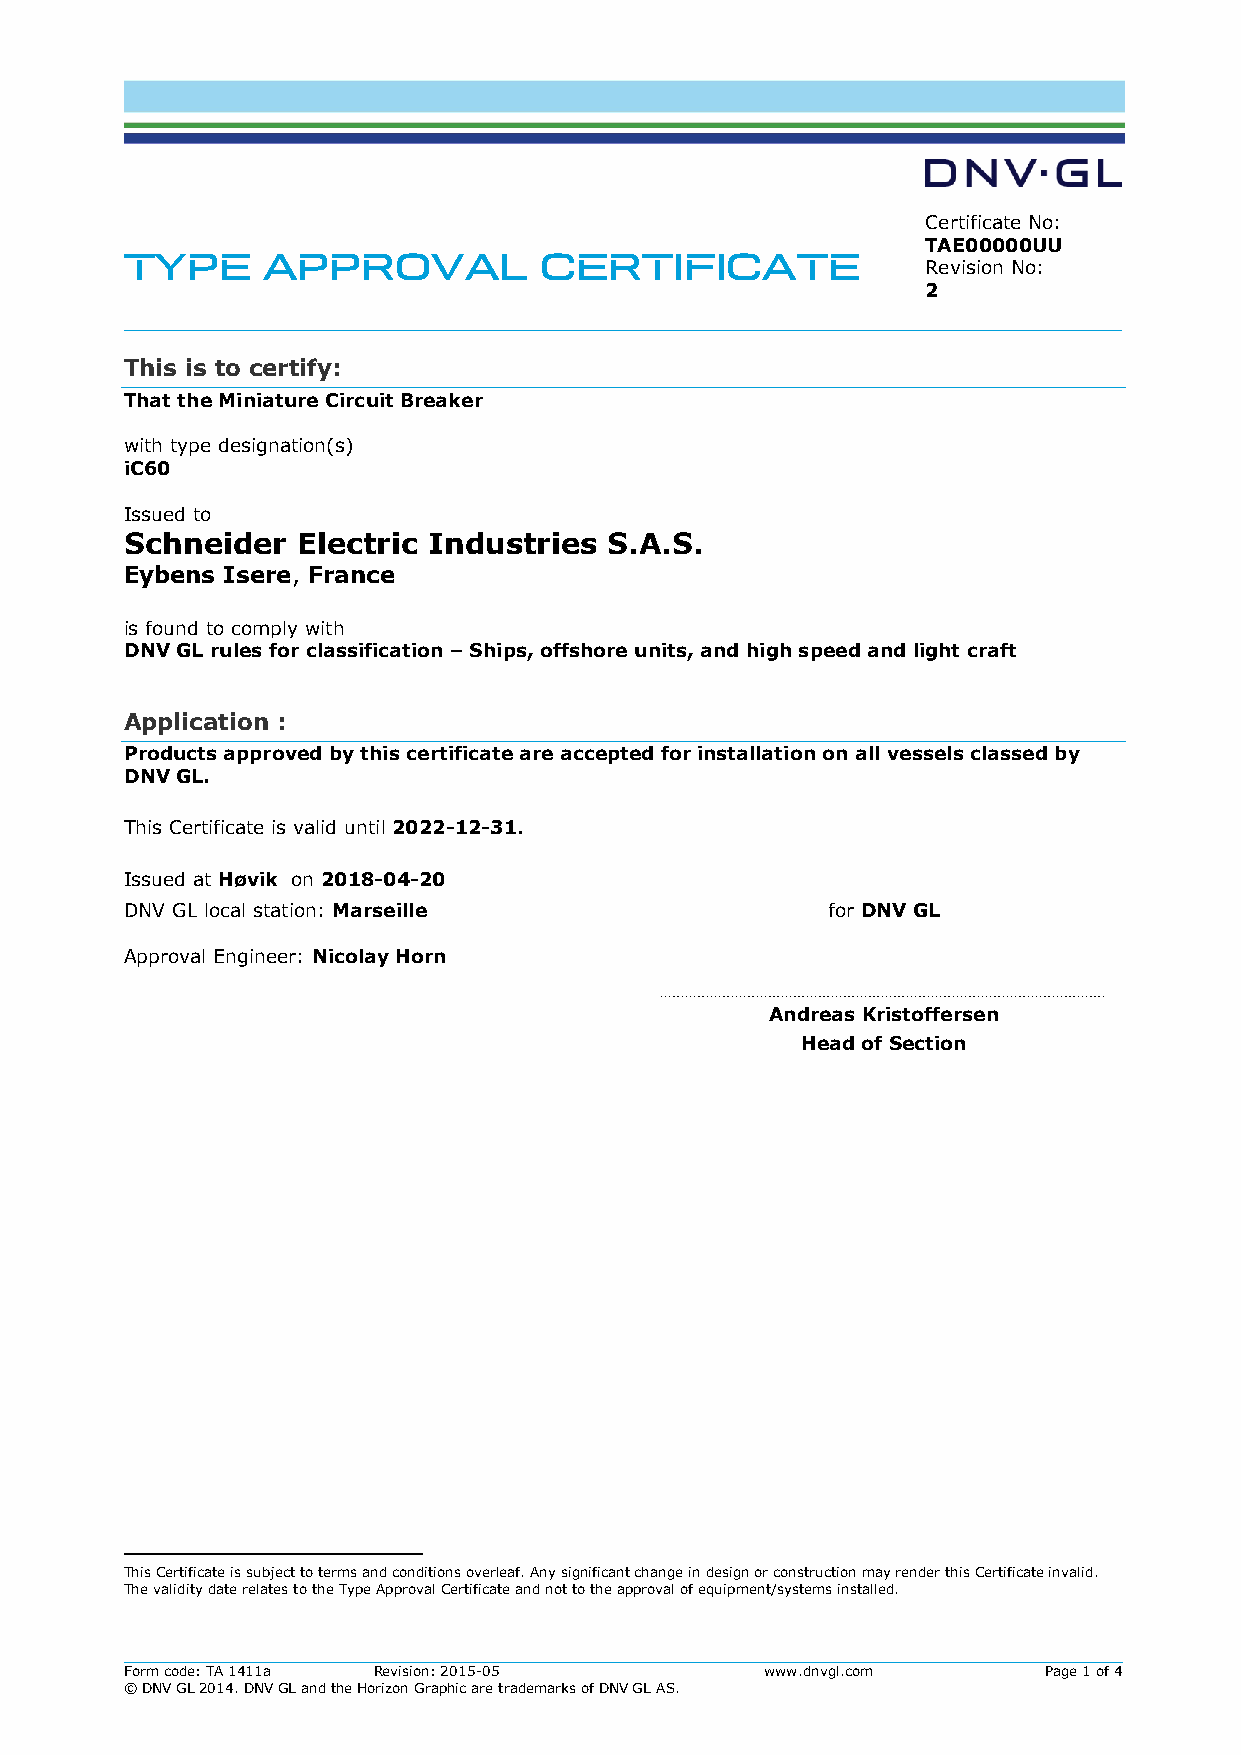
Certificate No:
 TAE00000UU
 TYPE     APPROVAL           CERTIFICATE
 Revision No:
 2
 This is to certify:
 That the Miniature Circuit Breaker
 with type designation(s)
 iC60
 Issued to
 Schneider   Electric Industries S.A.S.
 Eybens Isere, France
 is found to comply with
 DNV GL rules for classification – Ships, offshore units, and high speed and light craft
 Application :
 Products approved by this certificate are accepted for installation on all vessels classed by
 DNV GL.
 This Certificate is valid until 2022-12-31.
 Issued at Høvik on 2018-04-20
 DNV GL local station: Marseille                for DNV GL
 Approval Engineer: Nicolay Horn
 Andreas Kristoffersen
 Head of Section
 This Certificate is subject to terms and conditions overleaf. Any significant change in design or construction may render this Certificate invalid.
 The validity date relates to the Type Approval Certificate and not to the approval of equipment/systems installed.
 Form code: TA 1411a Revision: 2015-05      www.dnvgl.com     Page 1 of 4
 © DNV GL 2014. DNV GL and the Horizon Graphic are trademarks of DNV GL AS.